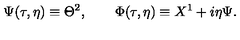
\Psi ( \tau , \eta ) \equiv \Theta ^ { 2 } , \qquad \Phi ( \tau , \eta ) \equiv X ^ { 1 } + i \eta \Psi .